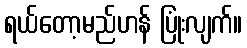
ရယ်တော့မည်ဟန် ပြုံးလျက်။